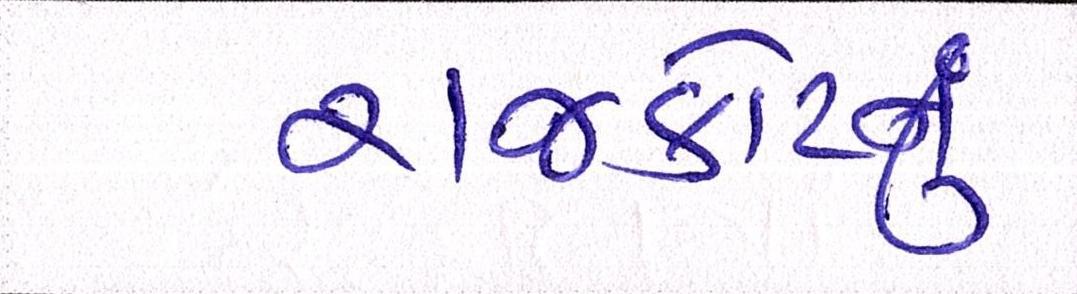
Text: રાજકોટનું